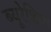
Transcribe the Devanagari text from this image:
ब्यूरेशिया